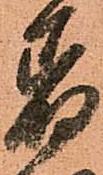
着